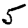
Digit: 5